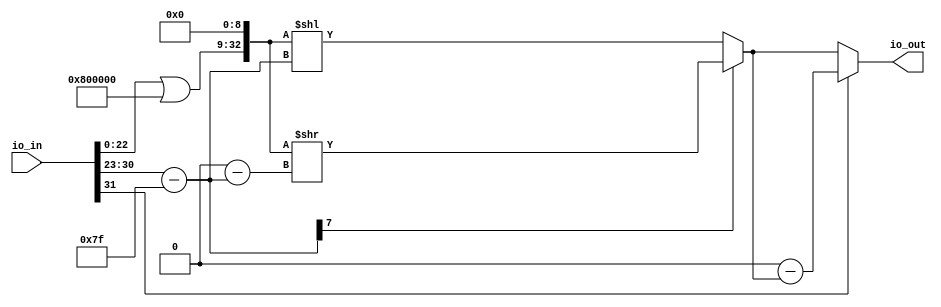
module Float32ToFixed64(
  input  [31:0] io_in,
  output [63:0] io_out
);
  wire [31:0] frac = {9'h0,io_in[22:0]}; // @[FixedPoint.scala 34:42]
  wire [7:0] exp = io_in[30:23]; // @[FixedPoint.scala 35:25]
  wire  sign = io_in[31]; // @[FixedPoint.scala 36:26]
  wire [7:0] shiftamt = exp - 8'h7f; // @[FixedPoint.scala 37:37]
  wire [63:0] _GEN_0 = {{32'd0}, frac}; // @[FixedPoint.scala 40:18]
  wire [63:0] _data_T_3 = _GEN_0 | 64'h800000; // @[FixedPoint.scala 40:18]
  wire [72:0] _GEN_1 = {_data_T_3, 9'h0}; // @[FixedPoint.scala 40:49]
  wire [78:0] _data_T_4 = {{6'd0}, _GEN_1}; // @[FixedPoint.scala 40:49]
  wire [7:0] _data_T_8 = 8'sh0 - $signed(shiftamt); // @[FixedPoint.scala 40:72]
  wire [78:0] _data_T_9 = _data_T_4 >> _data_T_8; // @[FixedPoint.scala 40:57]
  wire [7:0] _data_T_13 = exp - 8'h7f; // @[FixedPoint.scala 41:71]
  wire [333:0] _GEN_2 = {{255'd0}, _data_T_4}; // @[FixedPoint.scala 41:57]
  wire [333:0] _data_T_14 = _GEN_2 << _data_T_13; // @[FixedPoint.scala 41:57]
  wire [333:0] data = shiftamt[7] ? {{255'd0}, _data_T_9} : _data_T_14; // @[FixedPoint.scala 39:17]
  wire [333:0] _io_out_T_3 = 334'h0 - data; // @[FixedPoint.scala 42:40]
  wire [333:0] _io_out_T_4 = sign ? _io_out_T_3 : data; // @[FixedPoint.scala 42:16]
  assign io_out = _io_out_T_4[63:0]; // @[FixedPoint.scala 42:10]
endmodule